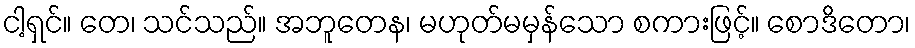
ငါ့ရှင်။ တေ၊ သင်သည်။ အဘူတေန၊ မဟုတ်မမှန်သော စကားဖြင့်။ စောဒိတော၊